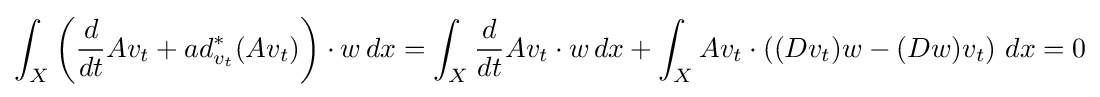
\int _{X}\left({\frac {d}{dt}}Av_{t}+ad_{v_{t}}^{*}(Av_{t})\right)\cdot w\,dx=\int _{X}{\frac {d}{dt}}Av_{t}\cdot w\,dx+\int _{X}Av_{t}\cdot \left((Dv_{t})w-(Dw)v_{t}\right)\,dx=0